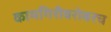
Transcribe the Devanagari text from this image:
कामगिरीबरोबरच